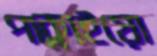
পাক্‌লাইয়ো